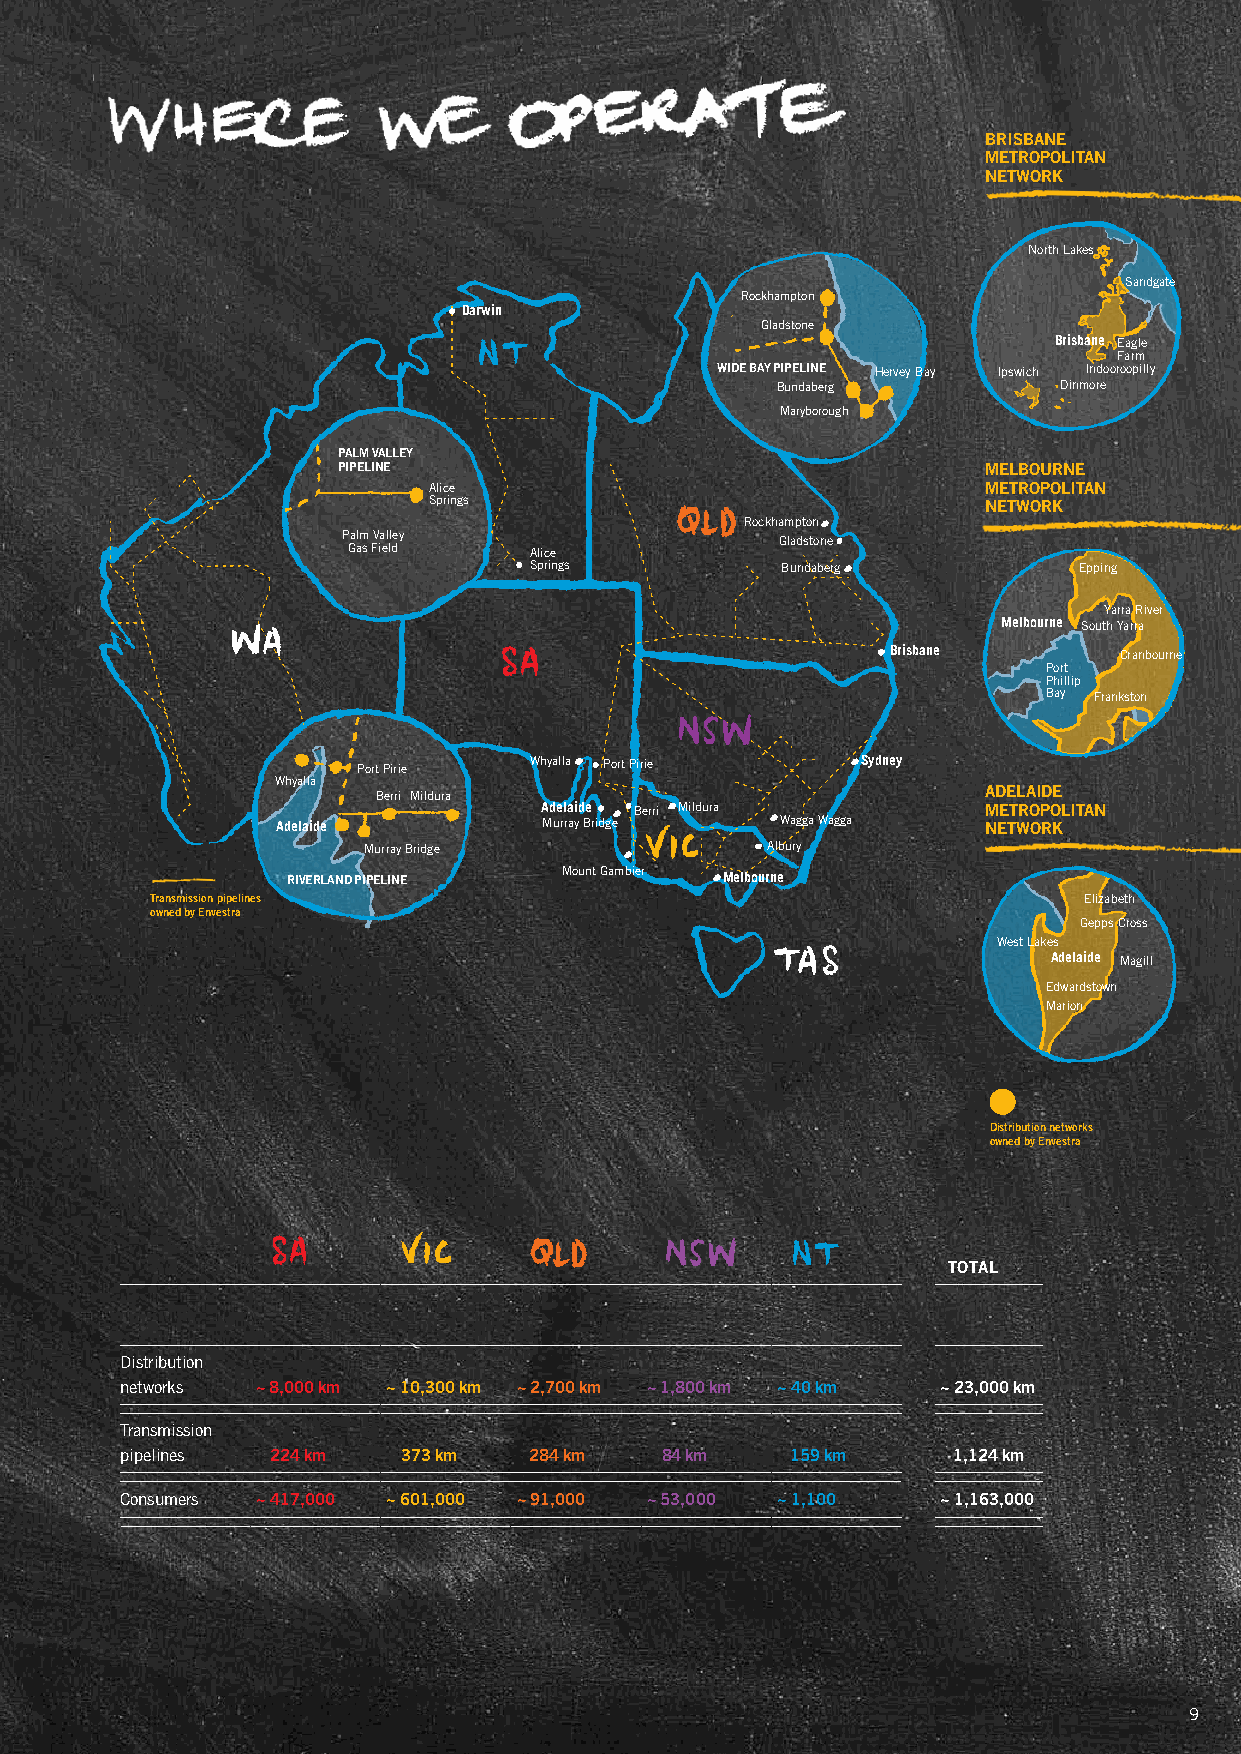
briSbaNE
 mETrOPOliTaN
 NETWOrk
 North lakes
 Sandgate
 Rockhampton
 Darwin
 Gladstone
 Brisbane eagle
 Farm
 WidE baY PiPEliNE Hervey Bay Ipswich Indooroopilly
 Bundaberg          Dinmore
 Maryborough
 Palm VallEY
 PiPEliNE                                   mElbOurNE
 Alice                                mETrOPOliTaN
 Springs                              NETWOrk
 Rockhampton
 Palm valley                  Gladstone
 Gas Field   Alice
 Springs          Bundaberg          epping
 Yarra River
 Melbourne South Yarra
 Brisbane       Cranbourne
 Port
 Phillip
 Bay Frankston
 Port Pirie whyalla Port Pirie    Sydney
 whyalla
 Berri Mildura                           adElaidE
 Adelaide Berri Mildura       mETrOPOliTaN
 Adelaide          Murray Bridge   wagga wagga  NETWOrk
 Murray Bridge              Albury
 riVErlaNd PiPEliNE Mount Gambier Melbourne
 Transmission pipelines                                        elizabeth
 owned by Envestra
 Gepps Cross
 west lakes
 Adelaide Magill
 edwardstown
 Marion
 distribution networks
 owned by Envestra
 TOTal
 Distribution
 networks ~ 8,000 km ~ 10,300 km ~ 2,700 km ~ 1,800 km ~ 40 km ~ 23,000 km
 Transmission
 pipelines 224 km   373 km  284 km   84 km   159 km     1,124 km
 Consumers ~ 417,000 ~ 601,000 ~ 91,000 ~ 53,000 ~ 1,100 ~ 1,163,000
 9